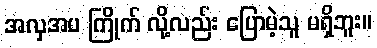
အလှအပ ကြိုက် လို့လည်း ပြောမဲ့သူ မရှိဘူး။